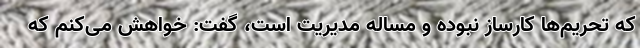
که تحریم‌ها کارساز نبوده و مساله مدیریت است، گفت: خواهش می‌کنم که